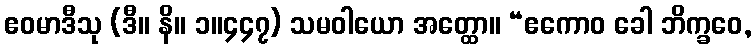
ဧဝမာဒီသု (ဒီ။ နိ။ ၁။၄၄၇) သမဝါယော အတ္ထော။ “ဧကောဝ ခေါ ဘိက္ခဝေ,